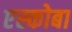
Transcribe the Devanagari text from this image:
एस्कोबा